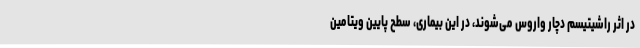
در اثر راشیتیسم دچار واروس می‌شوند، در این بیماری، سطح پایین ویتامین